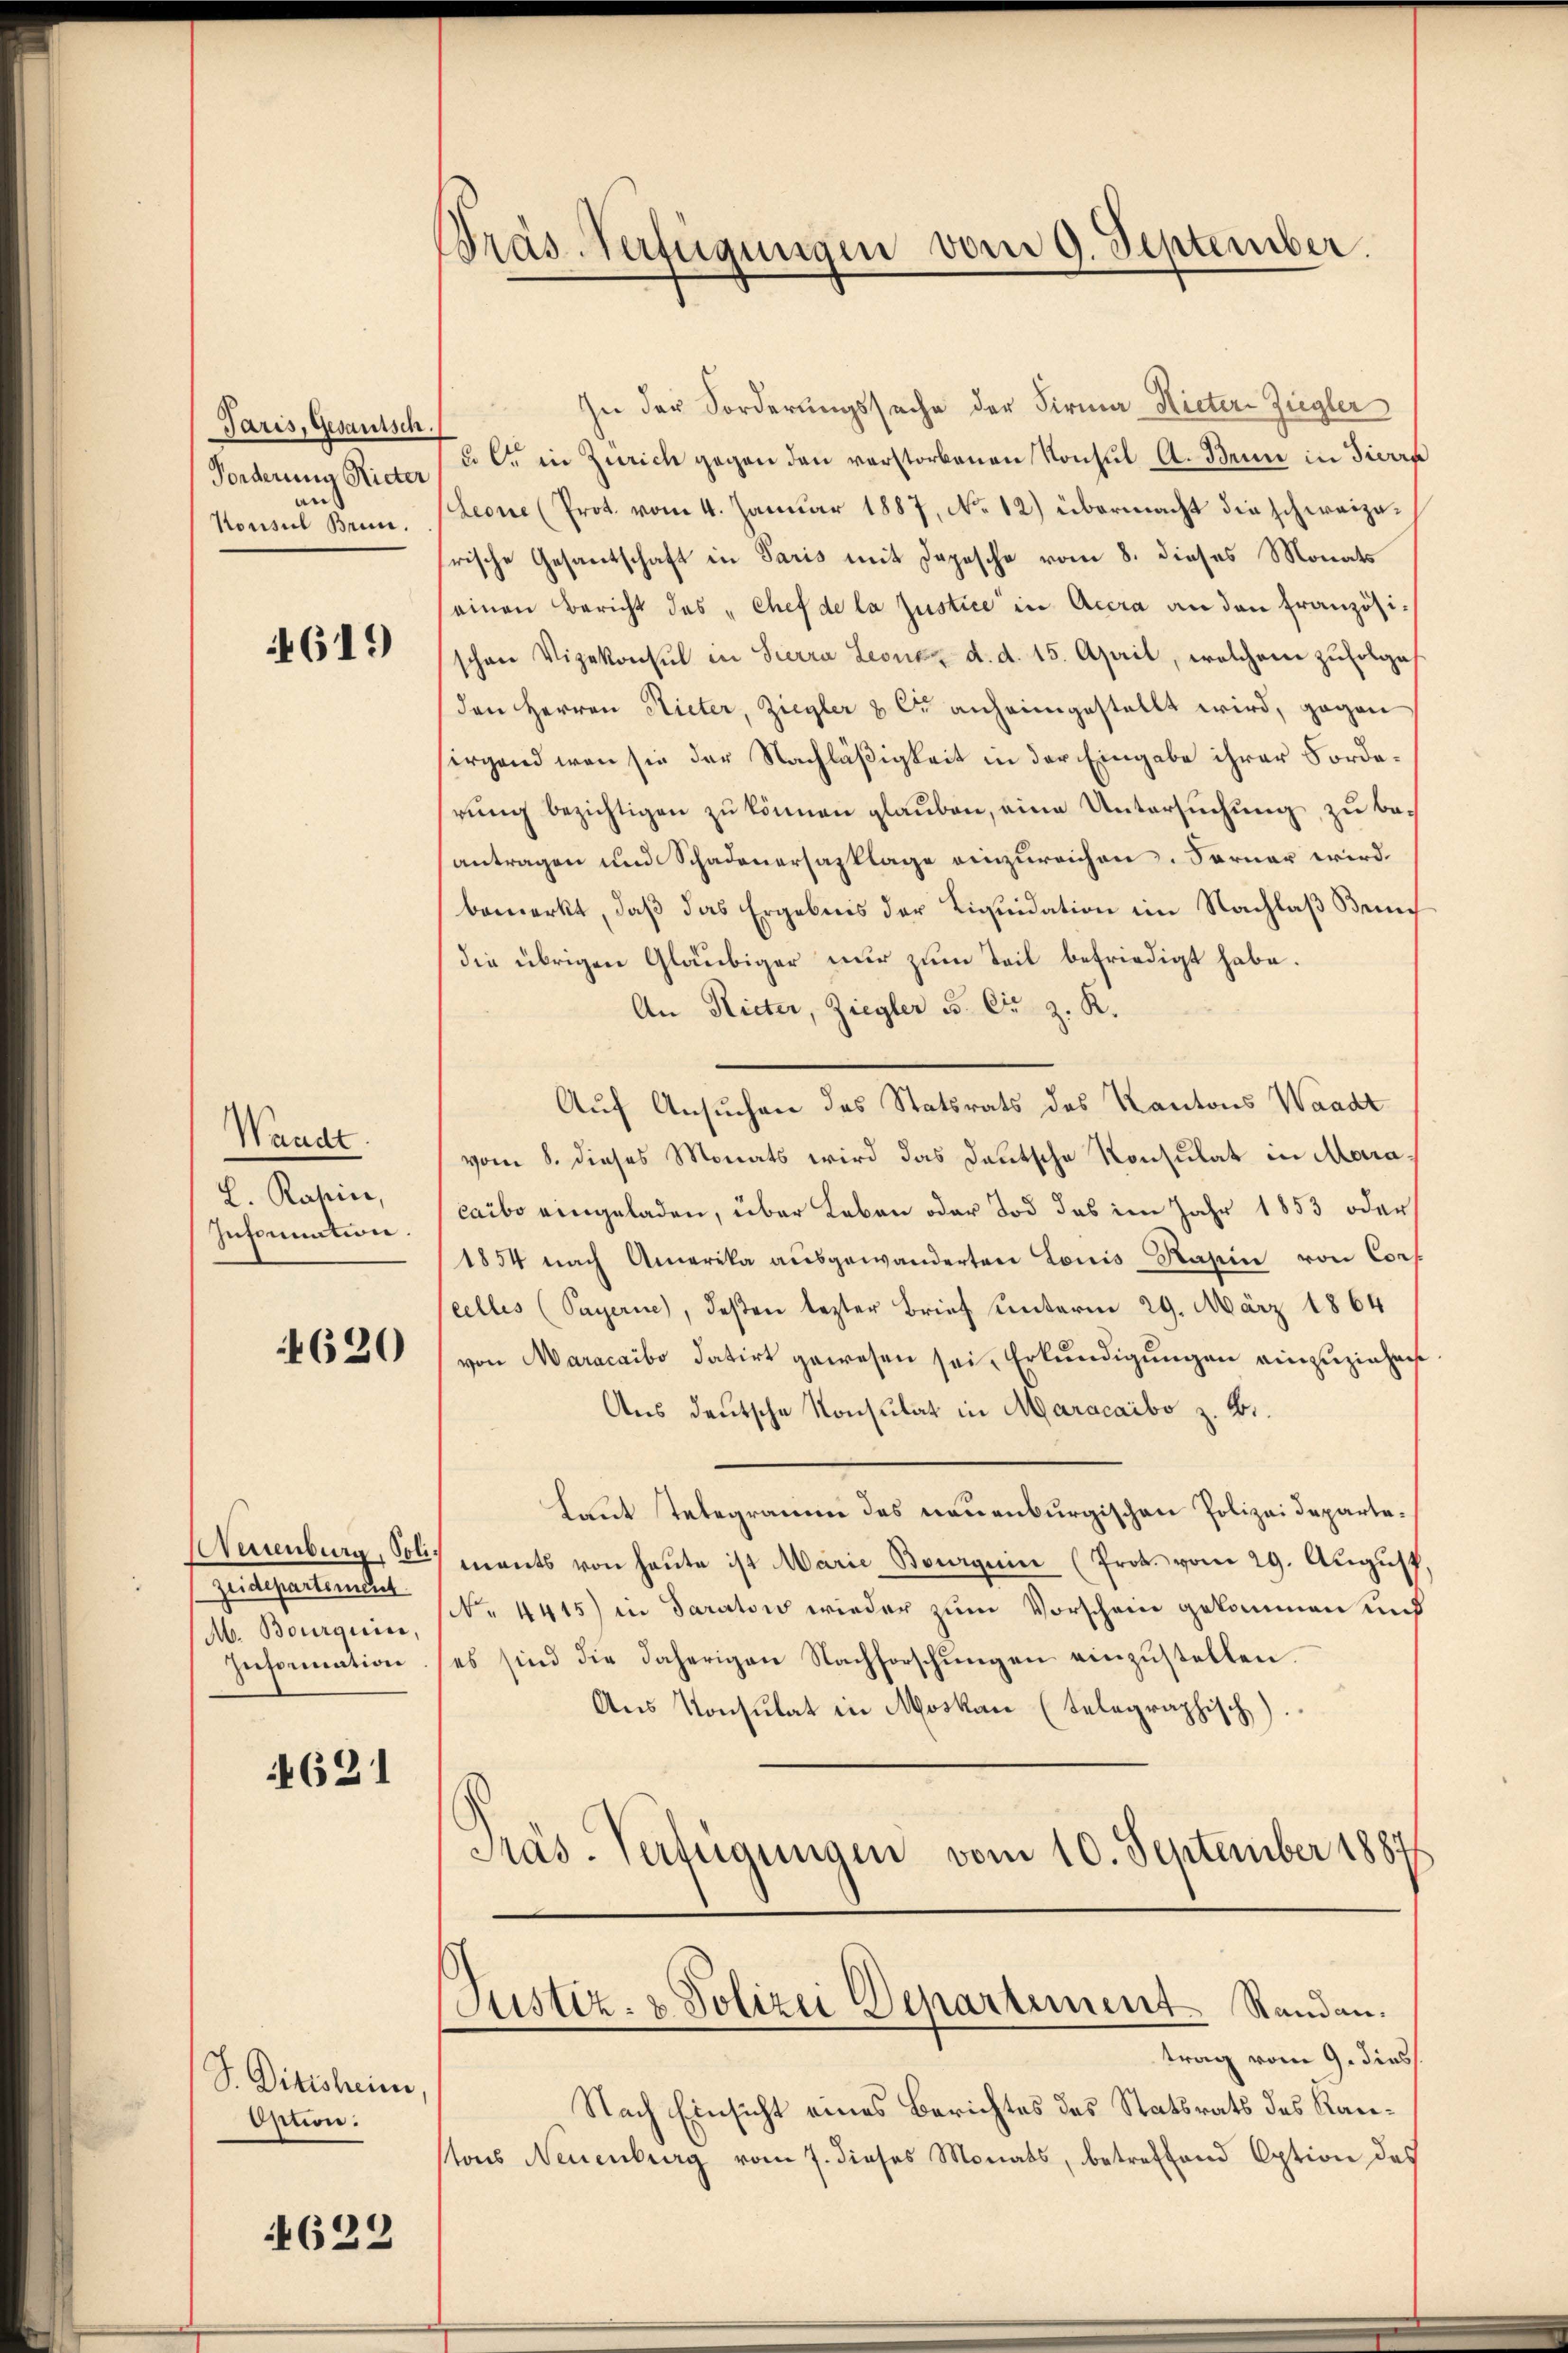
Paris, Gesantsch
Forderung Rieter
an
Konsul Brin.

619

Wande
L. Kasin,
Information.

620

Neuenburg, Soli¬
Zeidepartement
Mb. Bourquice,
Information

621

S. Ditisheim
Option:

622

Präs-Verfügungen vom 9. September.

In der Forderungssache der Firma Hieter Ziegler
u l. in Zürich gegen den verstorbenen Konsul A. Denn in Tierra
Leone (Prot. vom 4. Januar 1887, No 12) übermacht die schweizerische Gesantschaft in Paris mit Depesche vom 8. dieses Monats
einen Bericht das "Chef de la Justice in Accra an den französischon Vizekonsul in Pierra Leonar d. d. 15. April, welchem zufolge
den Herren Nieter, Ziegler & Cie anheimgestellt wird, gegen
irgend wenn sie der Nachläßigkeit in der Eingabe ihrer Forderung bezichtigen zu können glauben, eine Untersuchung zu beantragen und Schadenersazklage einzureichen. Ferner wird
bemerkt, daß das Ergebnis der Liquidation im Nachlaß Benn
die übrigen Gläubiger nur zum Teil befriedigt habe.
An Rieter, Ziegler 3. Fr. z. R.
Auf Ansuchen des Statsrats des Kantons Waadt
vom 8. dieses Monats wird das Deutsche Konsulat in Maracaibo eingeladen, über Leben oder Tod das im Jahr 1853 oder
1854 nach Amerika ausgewanderten Louis Nasein von Cons.
celles (Payerne, deßen lezter Brief unterm 29. März 1864
von Maracaibo datirt gewesen sei, Erkundigungen einzuziehen
Aus deutsche Konsulat in Maracaibo z. B.
Laut Telegramm des neuenburgischen Polizeidepartemants von heŭte ist Marie Bourquin (Prot. vom 29. Aŭgŭst
(. 4415) in Sarator wieder zum Vorschein gekommen und
es sind die daherigen Nachforschungen einzustellen.
Aus Konsulat in Moskau (telegraphisch)
Präs. Verfügungen vom 10. September 1887
Justiz- & Polizei Departement. Standen.
trag vom 9. dies
Nach Einsicht eines Berichtes des Statsrats des Kantons Neuenburg vom 7. dieses Monats, betreffend Option des